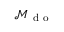
{ { \mathcal { M } } _ { { { \mathrm { ~ d ~ o ~ } } } } }